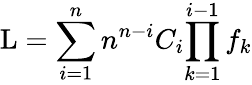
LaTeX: \mathrm{L}=\sum_{i=1}^{n}n^{n-i}C_{i}{\prod_{k=1}^{i-1}f_{k}}